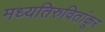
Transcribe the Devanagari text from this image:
मध्यतिरुवितांकूर